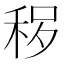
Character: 𱶃